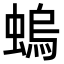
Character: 螐